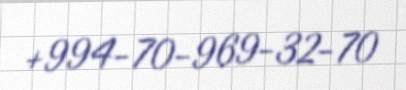
+994-70-969-32-70